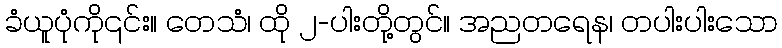
ခံယူပုံကို၎င်း။ တေသံ၊ ထို ၂-ပါးတို့တွင်။ အညတရေန၊ တပါးပါးသော